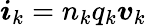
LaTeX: \boldsymbol{i}_{k}=n_{k}q_{k}\boldsymbol{v}_{k}